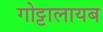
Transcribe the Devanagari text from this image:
गोट्टालायब